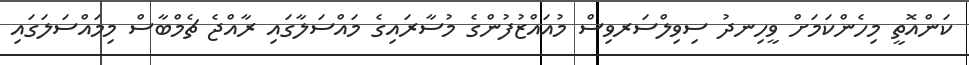
ކަންއޮތީ މިހެންކަމަށް ވީހިނދު ސިވިލްސަރވިސް މުއައްޒުފުންގެ މުސާރައިގެ މައްސަލާގައި ރާއްޖެ ޗެމްބާސް މިމައްސަލަގައި